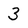
Character: 3